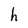
Character: h